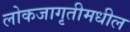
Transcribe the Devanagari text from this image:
लोकजागृतीमधील